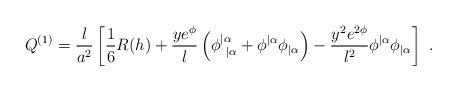
LaTeX: \begin{align*}Q^{(1)} = {l \over a^2} \left[ {1\over 6} R(h) + {y e^{\phi} \over l}\left( \phi^{|\alpha}_{\ |\alpha} + \phi^{|\alpha} \phi_{|\alpha} \right) - {y^2 e^{2\phi} \over l^2} \phi^{|\alpha} \phi_{|\alpha} \right] \ . \end{align*}